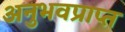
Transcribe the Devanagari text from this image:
अनुभवप्राप्त